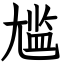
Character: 尴